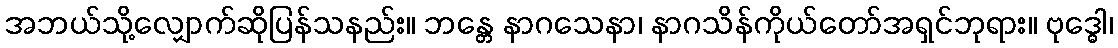
အဘယ်သို့လျှောက်ဆိုပြန်သနည်း။ ဘန္တေ နာဂသေနာ၊ နာဂသိန်ကိုယ်တော်အရှင်ဘုရား။ ဗုဒ္ဓေါ၊